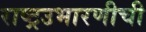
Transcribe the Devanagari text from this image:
राष्ट्रउभारणीची